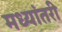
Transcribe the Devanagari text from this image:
मध्यांतरी